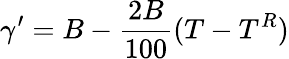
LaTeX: \gamma^{\prime}=B-{\frac{2B}{100}}(T-T^{R})